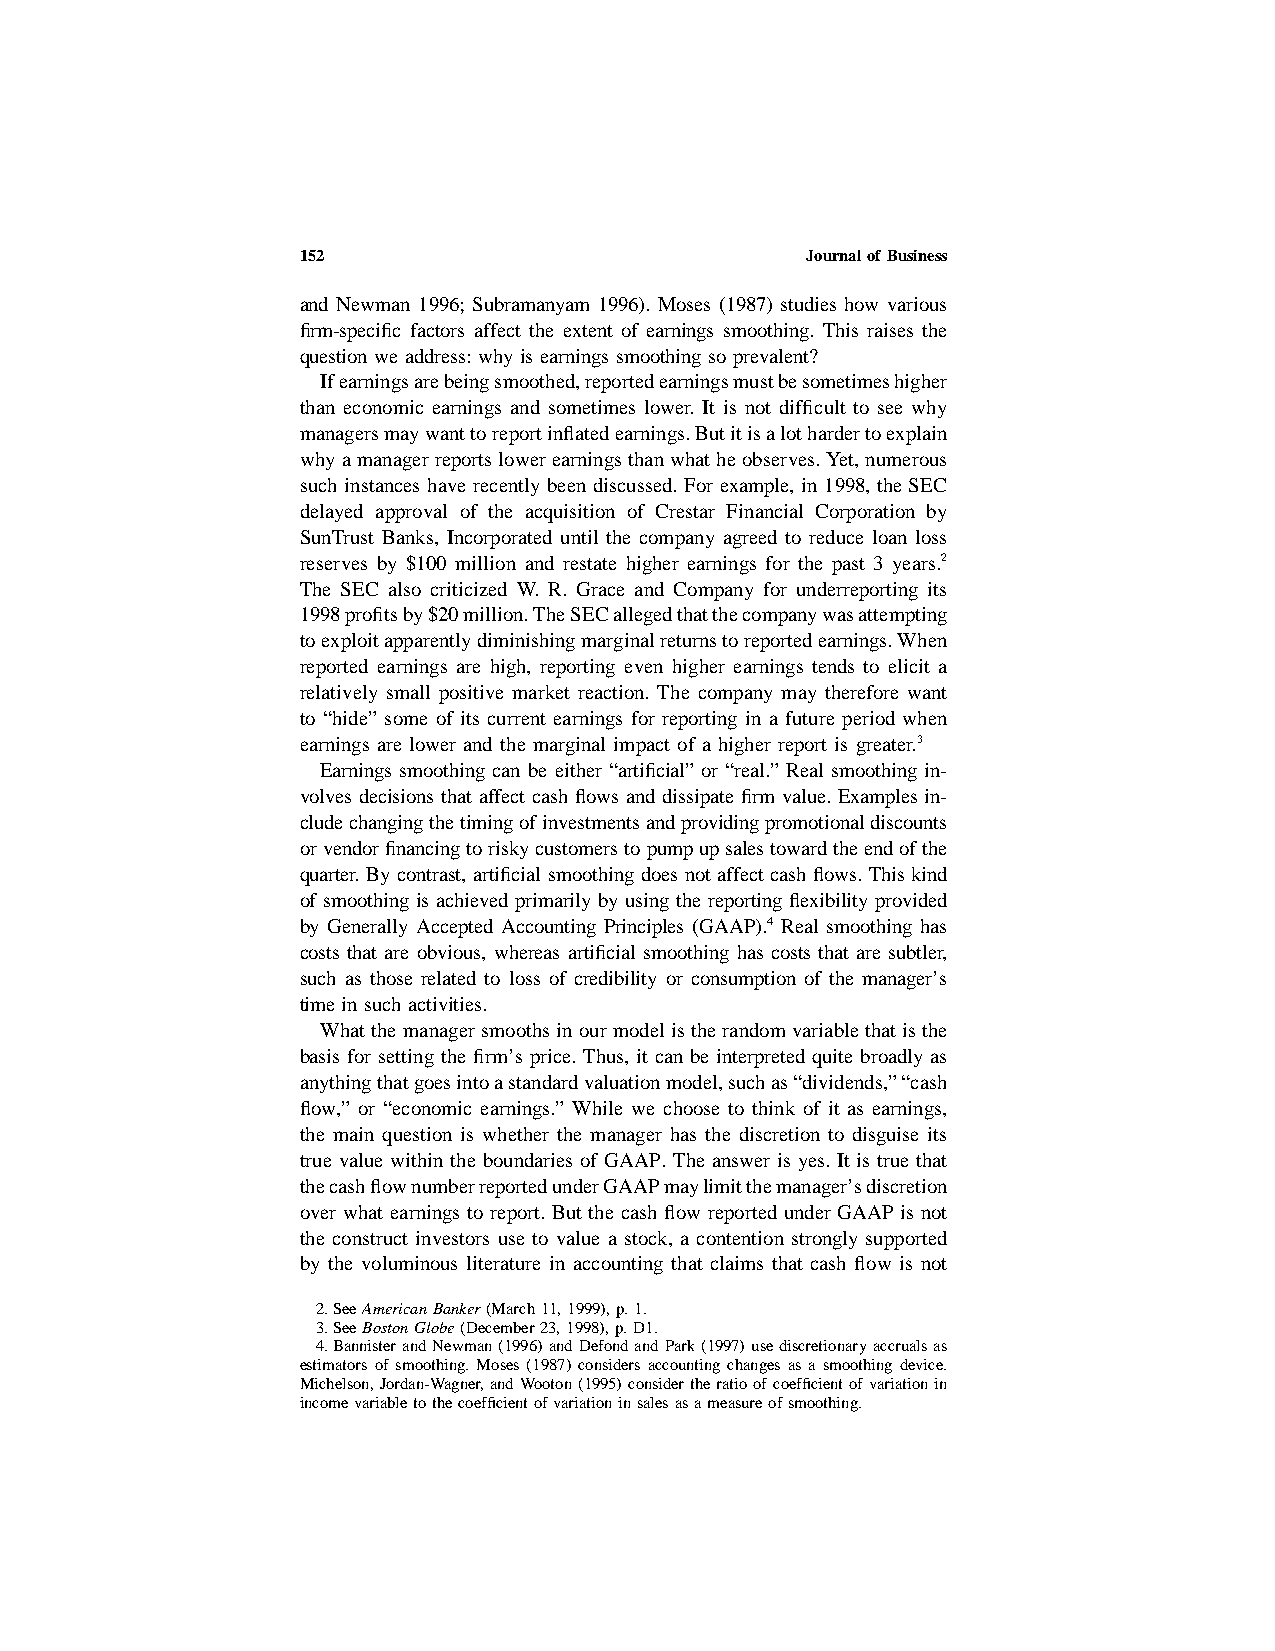
152                              JournalofBusiness
 and Newman 1996; Subramanyam 1996). Moses (1987) studies how various
 firm-specific factors affect the extent of earnings smoothing. This raises the
 question we address: why is earnings smoothing so prevalent?
 Ifearningsarebeingsmoothed,reportedearningsmustbesometimeshigher
 than economic earnings and sometimes lower. It is not difficult to see why
 managersmaywanttoreportinflatedearnings.Butitisalothardertoexplain
 why amanagerreportslowerearningsthanwhatheobserves.Yet,numerous
 such instances have recently been discussed. For example, in 1998, theSEC
 delayed approval of the acquisition of Crestar Financial Corporation by
 SunTrust Banks, Incorporated until the company agreed to reduce loan loss
 reserves by $100 million and restate higher earnings for the past 3 years.2
 The SEC also criticized W. R. Grace and Company for underreporting its
 1998profitsby$20million.TheSECallegedthatthecompanywasattempting
 toexploitapparentlydiminishingmarginalreturnstoreportedearnings.When
 reported earnings are high, reporting even higher earnings tends to elicit a
 relatively small positive market reaction. The company may therefore want
 to “hide” some of its current earnings for reporting in a future period when
 earnings are lower and the marginal impact of a higher report is greater.3
 Earnings smoothing can be either “artificial” or “real.” Real smoothing in-
 volves decisions that affect cash flows and dissipate firm value. Examples in-
 cludechangingthetimingofinvestmentsandprovidingpromotionaldiscounts
 orvendorfinancingtoriskycustomerstopumpupsalestowardtheendofthe
 quarter. By contrast, artificial smoothing does not affect cash flows. Thiskind
 of smoothing is achieved primarily by using the reporting flexibilityprovided
 by Generally Accepted Accounting Principles (GAAP).4 Real smoothing has
 costs that are obvious, whereas artificial smoothing has costs that are subtler,
 such as those related to loss of credibility or consumption of the manager’s
 time in such activities.
 What the manager smoothsin ourmodelistherandomvariablethatisthe
 basis for setting the firm’s price. Thus, it can be interpreted quite broadlyas
 anythingthatgoesintoastandardvaluationmodel,suchas“dividends,”“cash
 flow,” or “economic earnings.” While we choose to think of it as earnings,
 the main question is whether the manager has the discretion to disguise its
 true value within the boundaries of GAAP. The answer is yes. It is true that
 thecashflownumberreportedunderGAAPmaylimitthemanager’sdiscretion
 over what earnings to report. But the cash flow reported under GAAP isnot
 the construct investors use to value a stock, a contention strongly supported
 by the voluminous literature in accounting that claims that cash flow is not
 2.SeeAmericanBanker(March11,1999),p.1.
 3.SeeBostonGlobe(December23,1998),p.D1.
 4.BannisterandNewman(1996)andDefondandPark(1997)usediscretionaryaccrualsas
 estimators of smoothing. Moses (1987) considers accounting changes as a smoothing device.
 Michelson,Jordan-Wagner,andWooton(1995)considertheratioofcoefficientofvariationin
 incomevariabletothecoefficientofvariationinsalesasameasureofsmoothing.